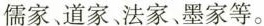
儒家、道家、法家、墨家等。